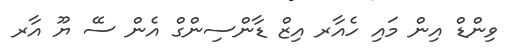
ވިންޑް އިން މައި ހެއާރ އިޒް ޑާންސިންގް އެން ސޭ ޔޫ އާރ